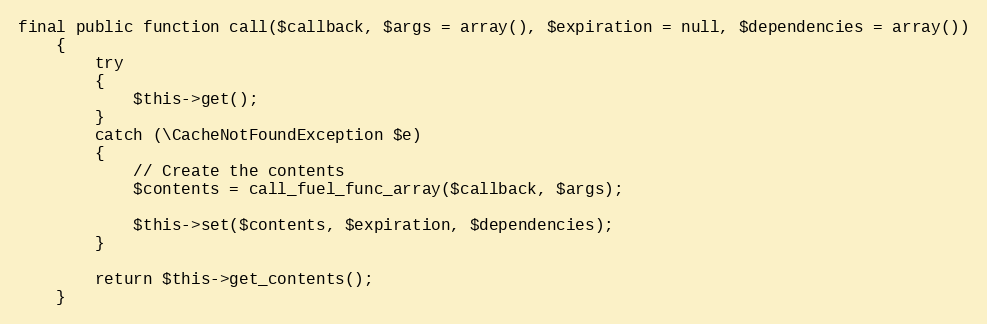
Language: PHP
final public function call($callback, $args = array(), $expiration = null, $dependencies = array())
	{
		try
		{
			$this->get();
		}
		catch (\CacheNotFoundException $e)
		{
			// Create the contents
			$contents = call_fuel_func_array($callback, $args);

			$this->set($contents, $expiration, $dependencies);
		}

		return $this->get_contents();
	}